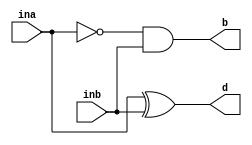
`timescale 1ns / 1ps

module half_subtractor_1(
    input ina, inb,
    output b, d
);

assign b = (~ina) & inb;
assign d = ina ^ inb;

endmodule